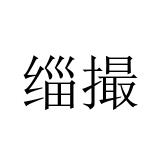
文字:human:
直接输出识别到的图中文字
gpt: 缁撮